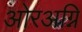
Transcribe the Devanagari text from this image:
ओरअग्नि